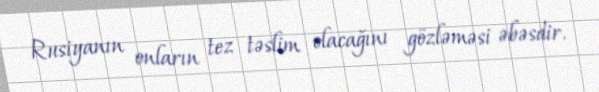
Rusiyanın onların tez təslim olacağını gözləməsi əbəsdir.